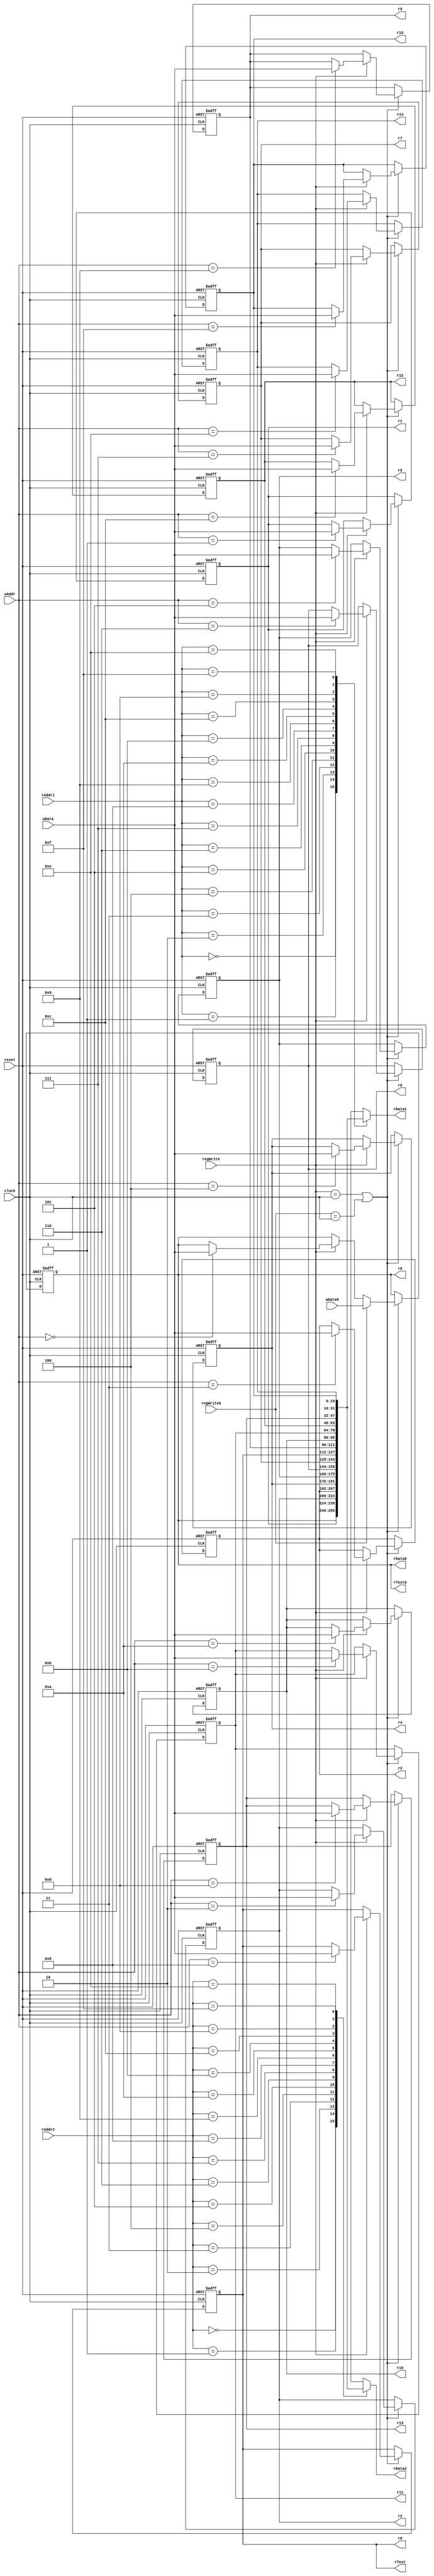
module registerFile(input            clock, reset, regWrite, regWrite0,
                    input[3:0]       rAddr1, rAddr2, wAddr, 
                    input[15:0]      wData, wData0, 
                    output reg[15:0] rData1, rData2, rData0, rTest, rTest0,
                    output reg[15:0] r0, r1, r2, r3, r4, r5, r6, r7, r8, r9, r10, r11, r12, r13, r14, r15);

reg[15:0] register[15:0];

always@(posedge clock or negedge reset)
begin
   if (!reset)
      begin
         register[0]        <= 16'h0000;
	     register[1]        <= 16'h0F00;
	     register[2]        <= 16'h0050;
	     register[3]        <= 16'hFF0F;
	     register[4]        <= 16'hF0FF;
	     register[5]        <= 16'h0040;
	     register[6]        <= 16'h0024;
	     register[7]        <= 16'h00FF;
	     register[8]        <= 16'hAAAA;
	     register[9]        <= 16'h0000;
	     register[10]       <= 16'h0000;
	     register[11]       <= 16'h0000;
	     register[12]       <= 16'hFFFF;
	     register[13]       <= 16'h0002;
	     register[14]       <= 16'h0000;
	     register[15]       <= 16'h0000;
      end
   else if (regWrite == clock || regWrite0 == clock)
      begin
         if (regWrite)
            register[wAddr] <= wData; 
         if (regWrite0)
            register[0]     <= wData0;
      end
end

always@(*)
begin
   rData1 <= register[rAddr1];
   rData2 <= register[rAddr2];
   rData0 <= register[0];

// TEST
   rTest  <= register[8];
   rTest0 <= register[0];
   r0 <= register[0];
   r1 <= register[1];
   r2 <= register[2];
   r3 <= register[3];
   r4 <= register[4];
   r5 <= register[5];
   r6 <= register[6];
   r7 <= register[7];
   r8 <= register[8];
   r9 <= register[9];
   r10 <= register[10];
   r11 <= register[11];
   r12 <= register[12];
   r13 <= register[13];
   r14 <= register[14];
   r15 <= register[15];


end

endmodule